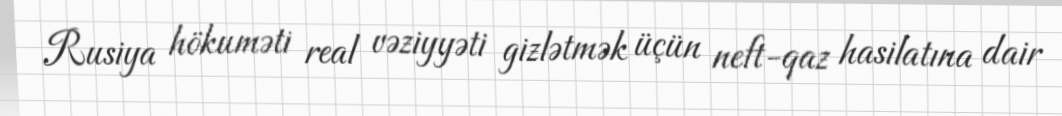
Rusiya hökuməti real vəziyyəti gizlətmək üçün neft-qaz hasilatına dair